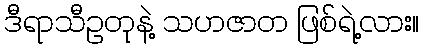
ဒီရာသီဥတုနဲ့ သဟဇာတ ဖြစ်ရဲ့လား။